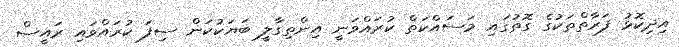
އިދިކޮޅު ފަރާތްތަކުގެ ގޮތުގައި މަސައްކަތް ކުރައްވަނީ އިންތިގާލީ ބަޔަކުކަން ސިފަ ކުރައްވައި ރައީސް